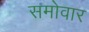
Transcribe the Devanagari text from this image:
समोवार